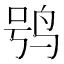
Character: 鸮